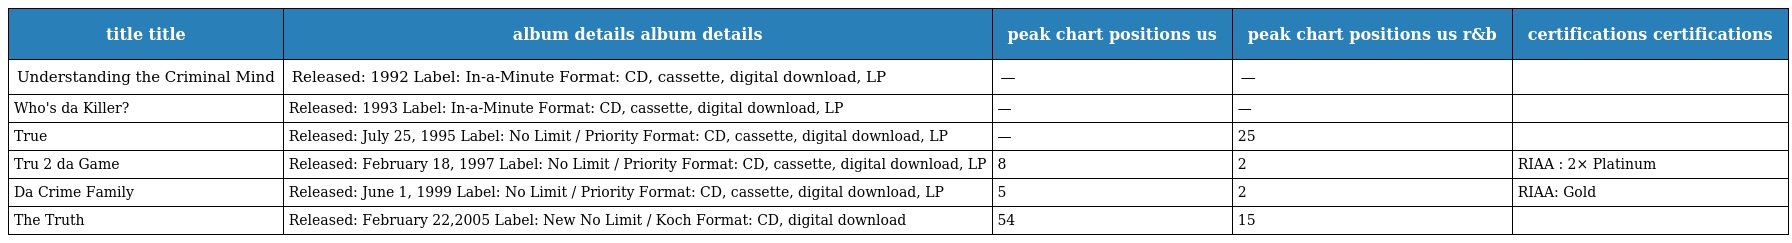
| title title | album details album details | peak chart positions us | peak chart positions us r&b | certifications certifications |
 | --- | --- | --- | --- | --- |
 | Understanding the Criminal Mind | Released: 1992 Label: In-a-Minute Format: CD, cassette, digital download, LP | — | — |  |
 | Who's da Killer? | Released: 1993 Label: In-a-Minute Format: CD, cassette, digital download, LP | — | — |  |
 | True | Released: July 25, 1995 Label: No Limit / Priority Format: CD, cassette, digital download, LP | — | 25 |  |
 | Tru 2 da Game | Released: February 18, 1997 Label: No Limit / Priority Format: CD, cassette, digital download, LP | 8 | 2 | RIAA : 2× Platinum |
 | Da Crime Family | Released: June 1, 1999 Label: No Limit / Priority Format: CD, cassette, digital download, LP | 5 | 2 | RIAA: Gold |
 | The Truth | Released: February 22,2005 Label: New No Limit / Koch Format: CD, digital download | 54 | 15 |  |